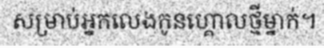
សម្រាប់អ្នកលេងកូនហ្គោលថ្មីម្នាក់។